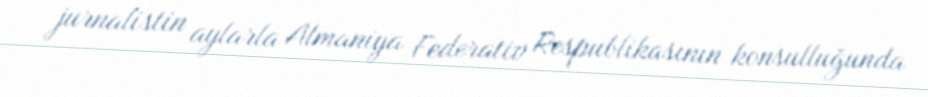
jurnalistin aylarla Almaniya Federativ Respublikasının konsulluğunda